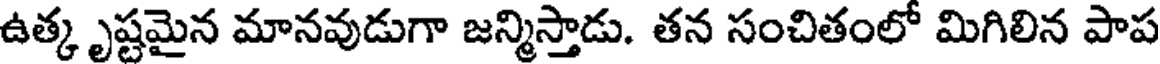
ఉత్కృష్టమైన మానవుడుగా జన్మిస్తాడు. తన సంచితంలో మిగిలిన పాప